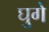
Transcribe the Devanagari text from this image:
घुगे